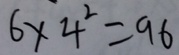
6 \times 4 ^ { 2 } = 9 6